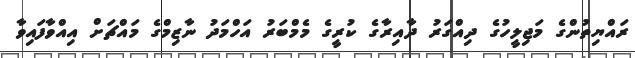
ރައްޔިތުންގެ މަޖިލީހުގެ ދިއްގަރު ދާއިރާގެ ކުރީގެ މެމްބަރު އަހްމަދު ނާޒިމްގެ މައްޗަށް އިއްވާފައިވާ